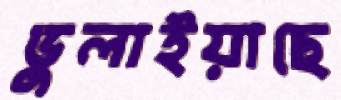
ভুলাইয়াছে